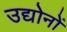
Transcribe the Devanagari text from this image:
उद्योनों